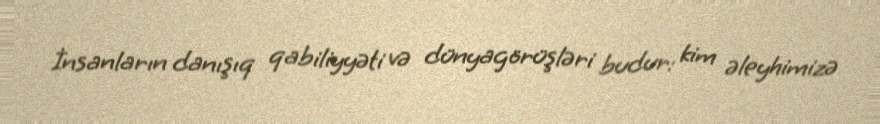
İnsanların danışıq qabiliyyəti və dünyagörüşləri budur: kim əleyhimizə